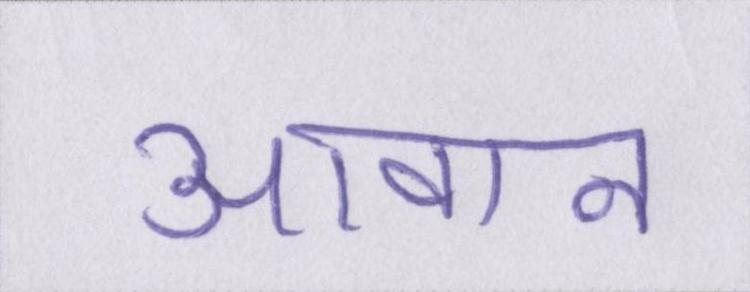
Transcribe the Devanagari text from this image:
आवान